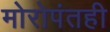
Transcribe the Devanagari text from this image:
मोरोपंतही